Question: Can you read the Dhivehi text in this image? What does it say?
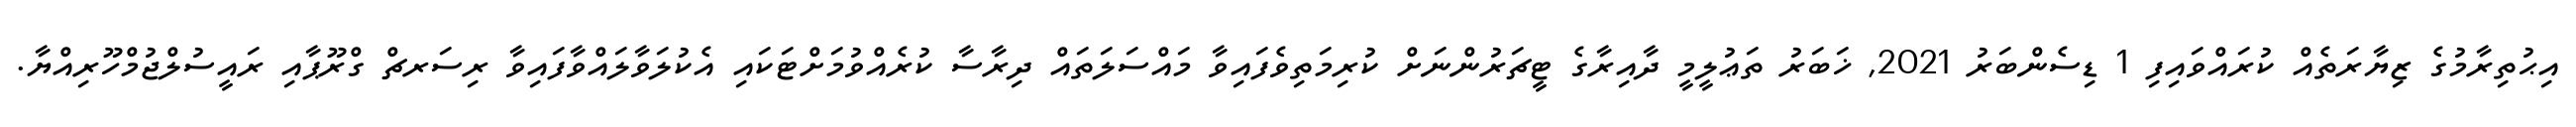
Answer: އިޙުތިރާމުގެ ޒިޔާރަތެއް ކުރައްވައިފި 1 ޑިސެންބަރު 2021, ޚަބަރު ތަޢުލީމީ ދާއިރާގެ ޓީޗަރުންނަށް ކުރިމަތިވެފައިވާ މައްސަލަތައް ދިރާސާ ކުރެއްވުމަށްޓަކައި އެކުލަވާލައްވާފައިވާ ރިސަރޗް ގްރޫޕާއި ރައީސުލްޖުމްހޫރިއްޔާ.